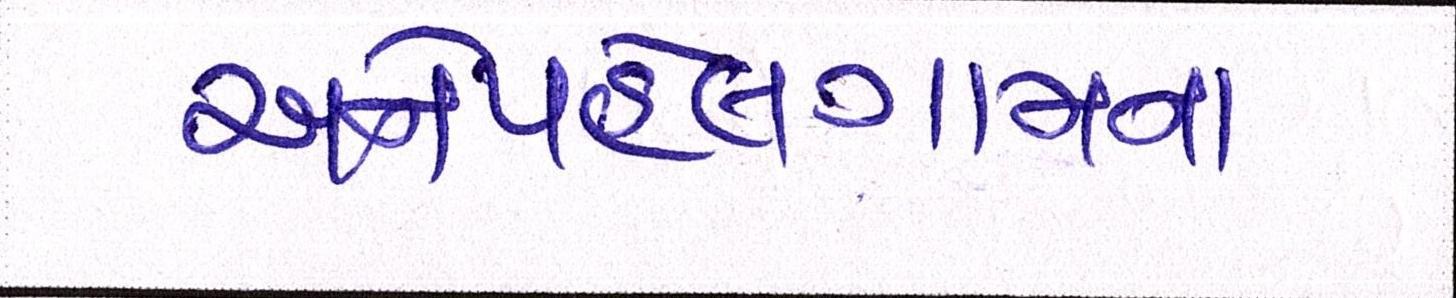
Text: અનેપહેલગામના